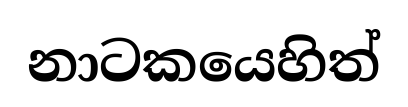
නාටකයෙහිත්